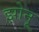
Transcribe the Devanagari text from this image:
झोनू